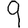
Digit: 9